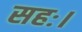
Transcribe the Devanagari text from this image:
सहः।